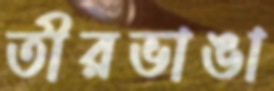
তীরভাঙা